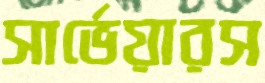
সার্ভেয়ারস